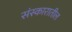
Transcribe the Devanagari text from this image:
संस्कारातील